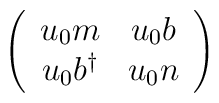
\left(  \begin{array}{cc}  u_{0} m &  u_{0} b   \\  u_{0} b^{\dag}  &  u_{0} n  \end{array}    \right)